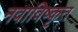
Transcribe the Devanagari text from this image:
नवाविष्कृत